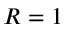
R = 1